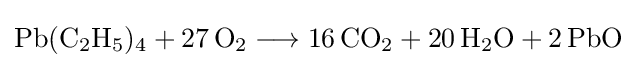
{\mathrm {Pb} (\mathrm {C} {\vphantom {A}}_{\smash[{t}]{2}}\mathrm {H} {\vphantom {A}}_{\smash[{t}]{5}}){\vphantom {A}}_{\smash[{t}]{4}}{}+{}27\,\mathrm {O} {\vphantom {A}}_{\smash[{t}]{2}}{}\mathrel {\longrightarrow } {}16\,\mathrm {CO} {\vphantom {A}}_{\smash[{t}]{2}}{}+{}20\,\mathrm {H} {\vphantom {A}}_{\smash[{t}]{2}}\mathrm {O} {}+{}2\,\mathrm {PbO} }